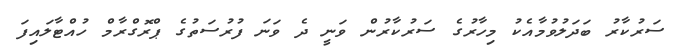
ސަރުކާރު ބަދަލުވުމާއެކު މިހާރުގެ ސަރުކާރުން ވަނީ ދެ ވަނަ ފުރުސަތުގެ ޕްރޮގްރާމް ހުއްޓާލައިފަ